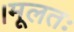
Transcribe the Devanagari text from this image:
।मूलतः